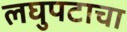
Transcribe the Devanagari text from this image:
लघुपटाचा